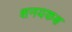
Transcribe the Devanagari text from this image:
शनयकक्ष